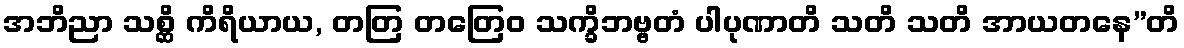
အဘိညာ သစ္ဆိ ကိရိယာယ, တတြ တတြေဝ သက္ခိဘဗ္ဗတံ ပါပုဏာတိ သတိ သတိ အာယတနေ”တိ